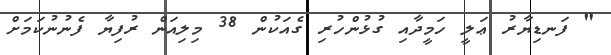
" ފަނޑިޔާރު ޢަލީ ހަމީދާއި ގުޅުންހުރި ގެއަކުން 38 މިލިއަން ރުފިޔާ ފެނުނުކަމަށް